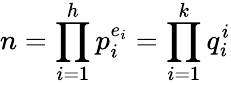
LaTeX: n=\prod_{i=1}^{h}p_{i}^{e_{i}}=\prod_{i=1}^{k}q_{i}^{i}